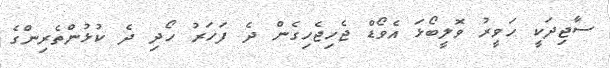
ސާޖިދަކީ ހަވީރު ވޮލީބޯޅަ އެވޯޑް ޖެހިޖެހިގެން ދެ ފަހަރު ހޯދި ދެ ކުޅުންތެރިންގެ